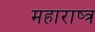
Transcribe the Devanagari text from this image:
महाराष्त्र